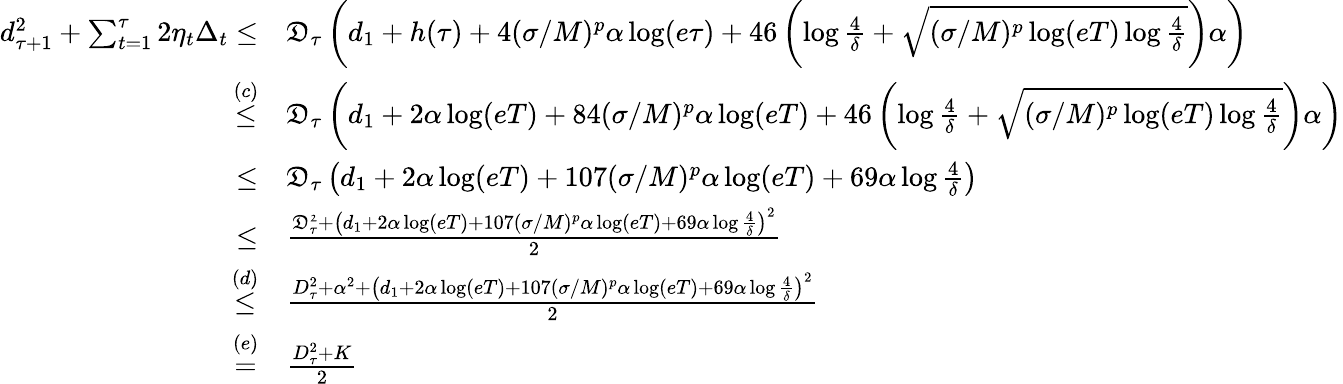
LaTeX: \begin{array}{rl}{d_{\tau+1}^{2}+\sum_{t=1}^{\tau}2\eta_{t}\Delta_{t}\leq}&{\mathfrak{D}_{\tau}\left(d_{1}+h(\tau)+4(\sigma/M)^{p}\alpha\log(e\tau)+46\left(\log\frac{4}{\delta}+\sqrt{(\sigma/M)^{p}\log(eT)\log\frac{4}{\delta}}\right)\alpha\right)}\\ {\overset{(c)}{\leq}}&{\mathfrak{D}_{\tau}\left(d_{1}+2\alpha\log(eT)+84(\sigma/M)^{p}\alpha\log(eT)+46\left(\log\frac{4}{\delta}+\sqrt{(\sigma/M)^{p}\log(eT)\log\frac{4}{\delta}}\right)\alpha\right)}\\ {\leq}&{\mathfrak{D}_{\tau}\left(d_{1}+2\alpha\log(eT)+107(\sigma/M)^{p}\alpha\log(eT)+69\alpha\log\frac{4}{\delta}\right)}\\ {\leq}&{\frac{\mathfrak{D_{\tau}^{2}}+\left(d_{1}+2\alpha\log(eT)+107(\sigma/M)^{p}\alpha\log(eT)+69\alpha\log\frac{4}{\delta}\right)^{2}}{2}}\\ {\overset{(d)}{\leq}}&{\frac{D_{\tau}^{2}+\alpha^{2}+\left(d_{1}+2\alpha\log(eT)+107(\sigma/M)^{p}\alpha\log(eT)+69\alpha\log\frac{4}{\delta}\right)^{2}}{2}}\\ {\overset{(e)}{=}}&{\frac{D_{\tau}^{2}+K}{2}}\end{array}